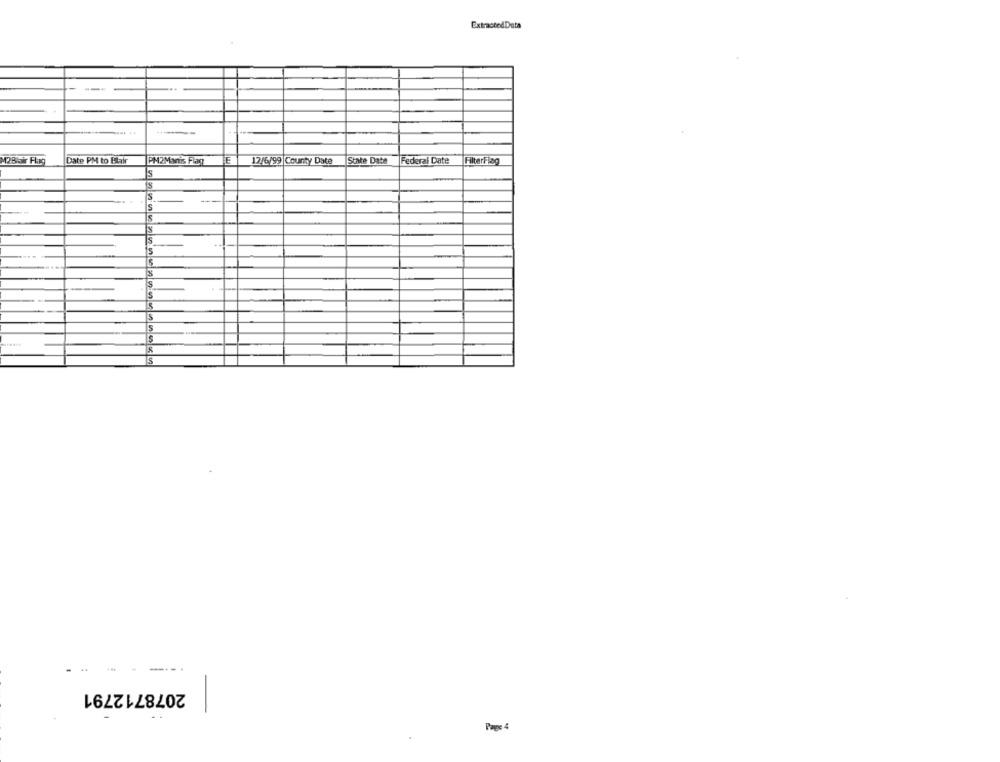
ExtractedData
- ---
...
M2Bir Flug
Date PM to Blair
PM2Manis Flag
IE
12/6/99 County Date
State Date
Federal Date
FilterFlag
s
S
---
S
2078712791
Page 4